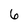
Character: 6